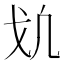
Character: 𢦕